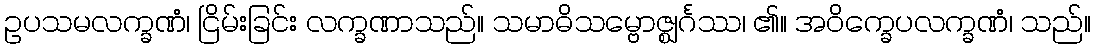
ဥပသမလက္ခဏံ၊ ငြိမ်းခြင်း လက္ခဏာသည်။ သမာဓိသမ္ဗောဇ္ဈင်္ဂဿ၊ ၏။ အဝိက္ခေပလက္ခဏံ၊ သည်။